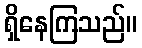
ရှိနေကြသည်။